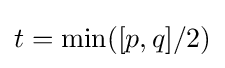
t=\min([p,q]/2)